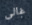
غالى